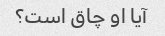
آیا او چاق است؟